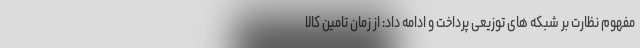
مفهوم نظارت بر شبکه های توزیعی پرداخت و ادامه داد: از زمان تامین کالا